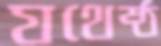
যথেষ্ঠ